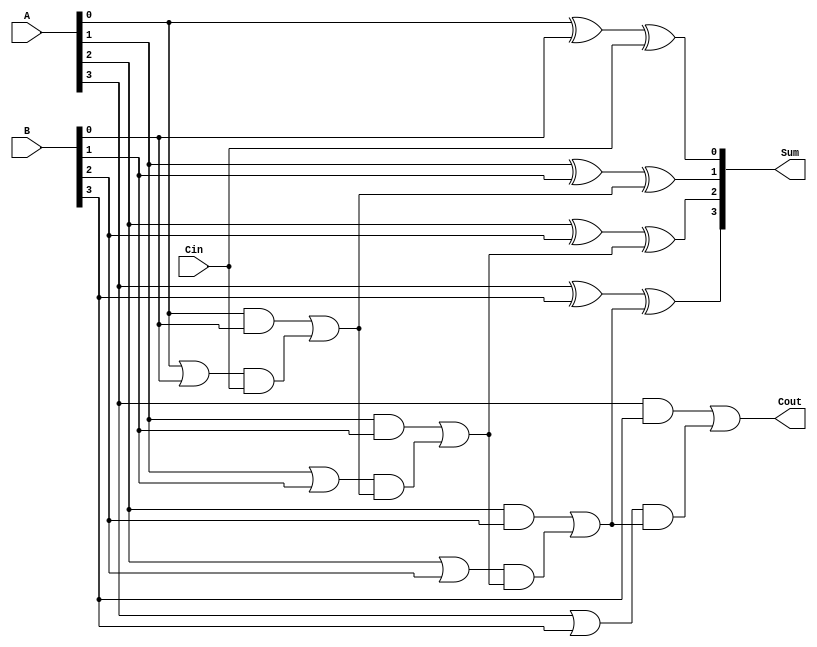
module ManchesterCarryChainAdder #(parameter n = 4) (
    input  wire [n-1:0] A,        // First n-bit input
    input  wire [n-1:0] B,        // Second n-bit input
    input  wire Cin,              // Carry-in
    output wire [n-1:0] Sum,      // n-bit Sum output
    output wire Cout              // Carry-out output
);

    // Internal signals for carry generation and propagation
    wire [n-1:0] G;  // Carry generate
    wire [n-1:0] P;  // Carry propagate
    wire [n:0] C;    // Carry values

    // Generate carry signals
    genvar i;
    generate
        for (i = 0; i < n; i = i + 1) begin : carry_logic
            assign G[i] = A[i] & B[i];          // Generate
            assign P[i] = A[i] | B[i];          // Propagate
        end
    endgenerate

    // Compute the carry values
    assign C[0] = Cin; // Initial carry-in
    generate
        for (i = 0; i < n; i = i + 1) begin : carry_chain
            assign C[i + 1] = G[i] | (P[i] & C[i]);
        end
    endgenerate

    // Calculate the sum based on A, B, and carry values
    generate
        for (i = 0; i < n; i = i + 1) begin : sum_calculation
            assign Sum[i] = A[i] ^ B[i] ^ C[i]; // Sum calculation
        end
    endgenerate

    // Final carry-out is the carry out of the most significant bit
    assign Cout = C[n];

endmodule